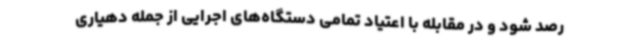
رصد شود و در مقابله با اعتیاد تمامی دستگاه‌های اجرایی از جمله دهیاری